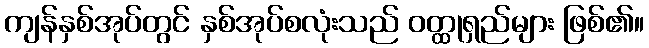
ကျန်နှစ်အုပ်တွင် နှစ်အုပ်စလုံးသည် ဝတ္ထုရှည်များ ဖြစ်၏။